Sanitation, dispensaries and jails vaccination Rajputana 1922-1927 - 1922-1927
Year: 1922
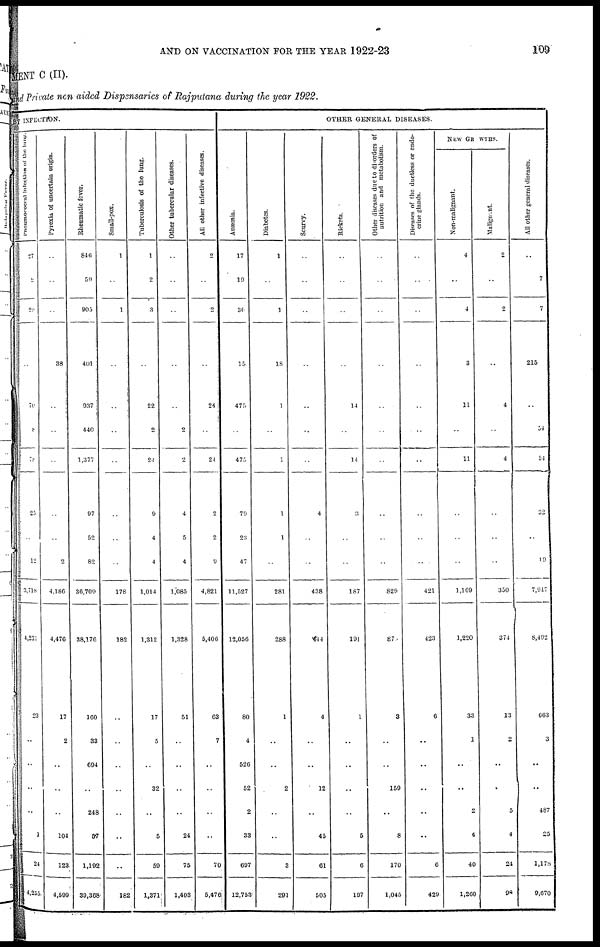
AND ON VACCINATION FOR THE YEAR 1922-23
109
MENT C (II).
and Private non aided Dispensaries of Rajputana during the year 1922.
BY INFECTION.
Pneumococcal Infection
of the lung.
27
2
29
..
70
8
78
25
..
12
3,718
4,231
23
..
..
..
..
1
24
4,255
Pyrexia of uncertain origin.
..
..
..
38
..
..
..
..
..
2
4,186
4,476
17
2
..
..
..
104
123
4,599
Rheumatic fever.
846
59
905
401
937
440
1,377
97
52
82
36,709
38,176
160
33
694
..
248
57
1,192
39,368
Small-pox.
1
..
1
..
..
..
..
..
..
..
178
182
..
..
..
..
..
..
..
182
Tuberculosis of the lung.
1
2
3
..
22
2
24
9
4
4
1,014
1,312
17
5
..
32
..
5
59
1,371
Other tubercular diseases.
..
..
..
..
..
2
2
4
5
4
1,085
1,328
51
..
..
..
..
24
75
1,403
All other infective diseases.
2
..
2
..
24
..
24
2
2
9
4,821
5,406
63
7
..
..
..
..
70
5,476
OTHER GENERAL DISEASES.
Anæmia.
17
19
36
15
475
..
475
79
23
47
11,527
12,056
80
4
526
52
2
33
697
12,753
Diabetes.
1
..
1
18
1
..
1
1
1
..
281
288
1
..
..
2
..
..
3
291
Scurvy.
..
..
..
..
..
..
..
4
..
..
438
444
4
..
..
12
..
45
61
505
Rickets.
..
..
..
..
14
..
14
..
..
..
187
191
1
..
..
..
..
5
6
197
Other diseases due to disorders of
nutrition and metabolism.
..
..
..
..
..
..
..
..
..
..
829
870
3
..
..
159
..
8
170
1,045
Diseases of the ductless or endo-
crine glands.
..
..
..
..
..
..
..
..
..
..
421
423
6
..
..
..
..
..
6
429
NEW GROWTHS.
Non-malignant.
4
..
4
3
11
..
11
..
..
..
1,169
1,220
33
1
..
..
2
4
40
1,260
Malignant.
2
..
2
..
4
..
4
..
..
..
350
374
13
2
..
..
5
4
24
98
All other general diseases.
..
7
7
215
..
54
54
32
..
19
7,947
8,492
663
3
..
..
487
25
1,178
9,670